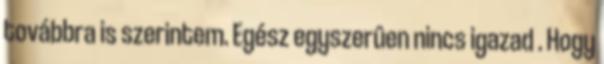
továbbra is szerintem. Egész egyszerûen nincs igazad . Hogy